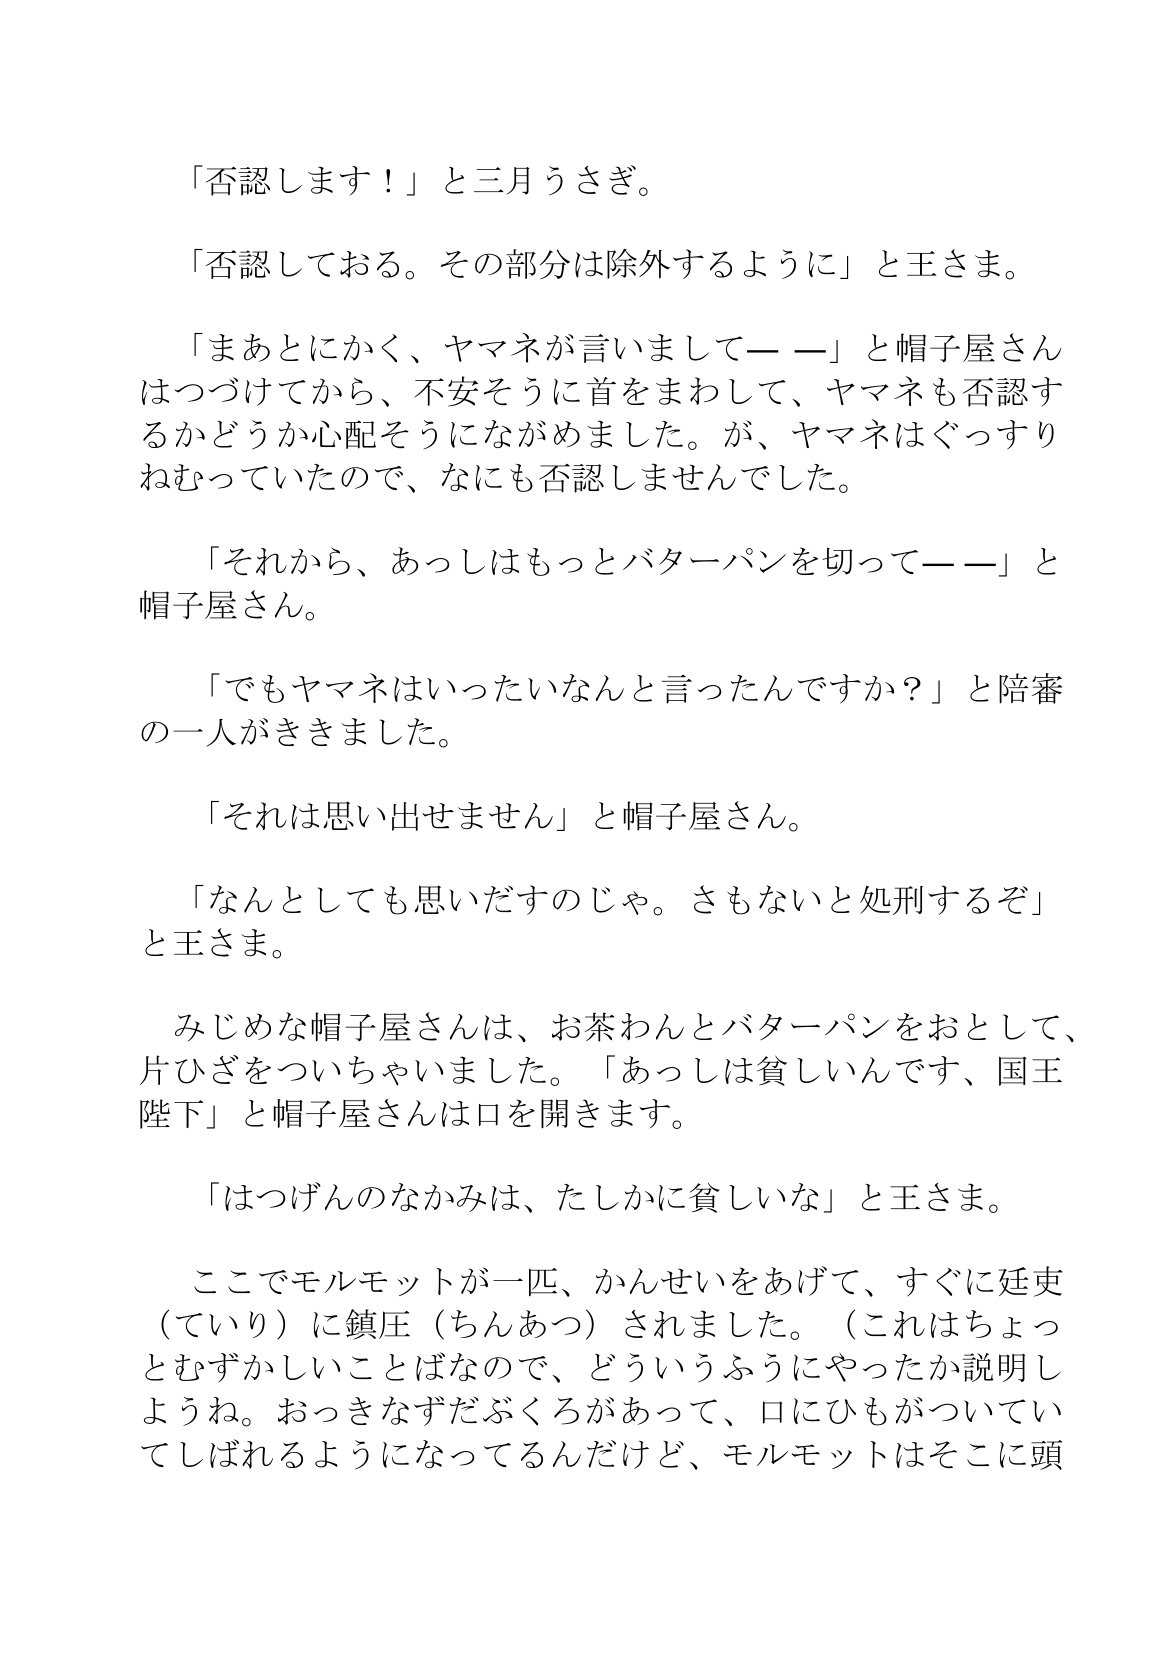
Language: ja